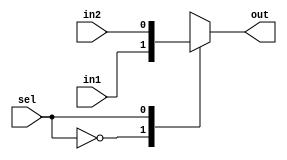
module mux2
#(parameter WIDTH = 1)
(
	input sel,
	input [WIDTH-1:0] in1,
	input [WIDTH-1:0] in2,
	output reg [WIDTH-1:0] out
);

	always @(*)
	begin
		case(sel)
			0: out = in1;
			1: out = in2;
		endcase
	end

endmodule